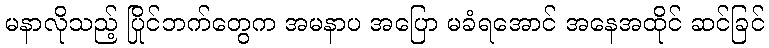
မနာလိုသည့် ပြိုင်ဘက်တွေက အမနာပ အပြော မခံရအောင် အနေအထိုင် ဆင်ခြင်